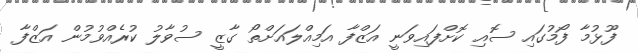
ފޫޅުމާ ފޯމުގައި ސޮއި ކޮށްފައިވަނީ އަޒްފާ އަމިއްލައަށްތޯ ގާޒީ ސުވާލު ކުރެއްވުމުން އަޒްފާ